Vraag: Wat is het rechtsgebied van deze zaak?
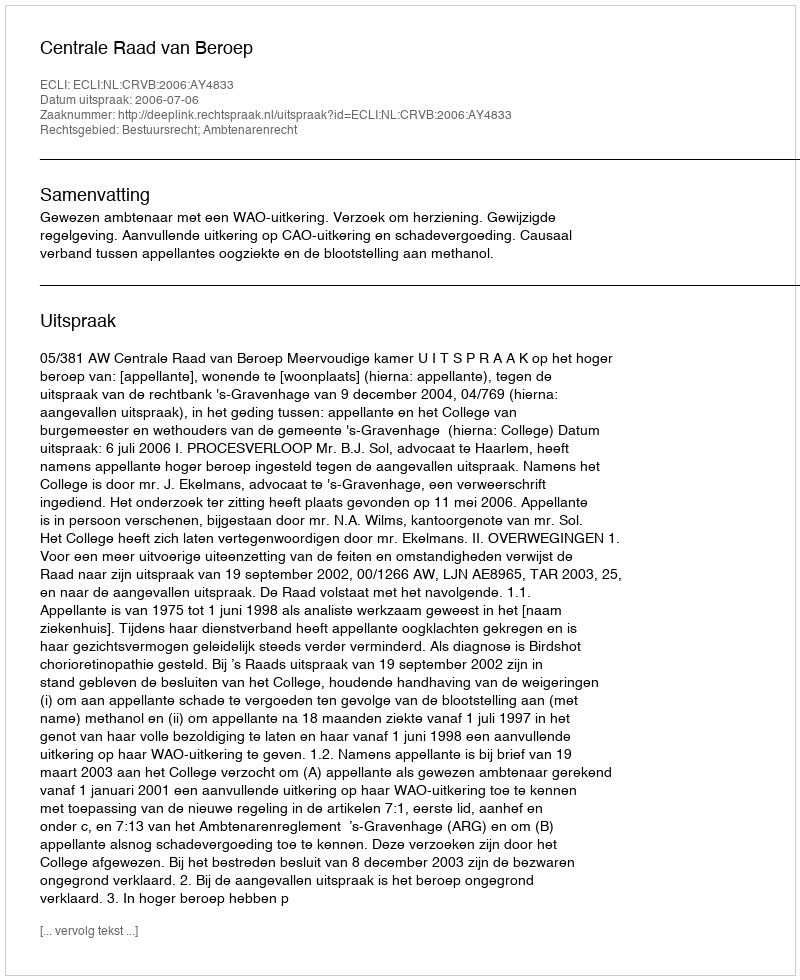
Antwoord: Bestuursrecht; Ambtenarenrecht